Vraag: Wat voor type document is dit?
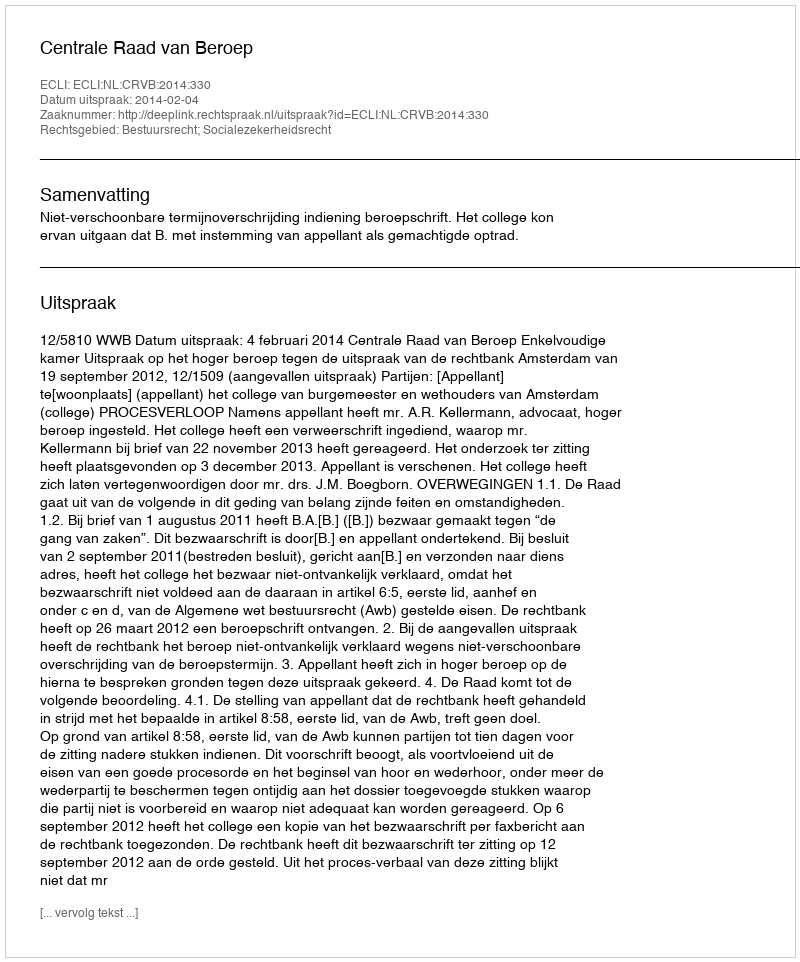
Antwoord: Uitspraak